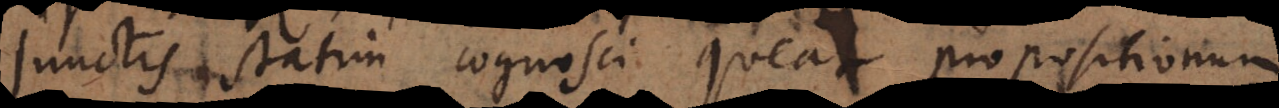
junctis statim cognosci queat propositionum